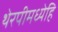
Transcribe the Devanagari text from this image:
थेरपीमध्येहि